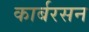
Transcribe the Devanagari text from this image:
कार्बरसन